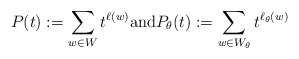
\begin{align*}P(t):= \sum_{w\in W} t^{\ell(w)} \textrm{and} P_\theta(t):=\sum_{w\in W_\theta} t^{\ell_{\theta}(w)}\end{align*}